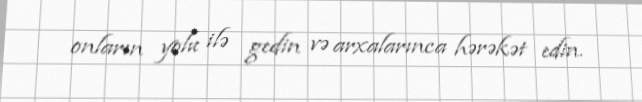
onların yolu ilə gedin və arxalarınca hərəkət edin.